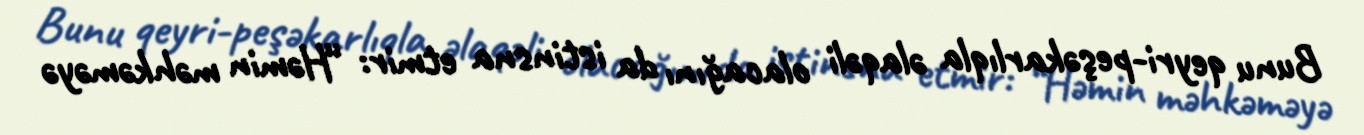
Bunu qeyri-peşəkarlıqla əlaqəli olacağını da istinsna etmir: “Həmin məhkəməyə